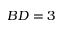
B D = 3